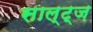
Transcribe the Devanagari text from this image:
साल्ट्ज़